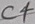
Text: C4